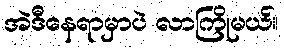
အဲဒီနေရာမှာပဲ လာကြိုမယ်။